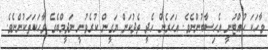
ވާހަކަ ހުއްޓުނީ އެހިސާބުންނެވެ. އަހަރެން ހެދީ ތެދުކަން ޔަގީން ކުރެވުނީ ނަދީމްބެގެ ވާހަކަތަކުންނެވެ.